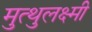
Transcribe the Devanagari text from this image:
मुत्थुलक्ष्मी